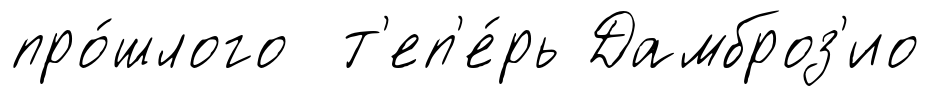
про́шлого т'еп'е́рь Дамброз'ио